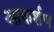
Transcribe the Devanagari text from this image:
आकर्शण